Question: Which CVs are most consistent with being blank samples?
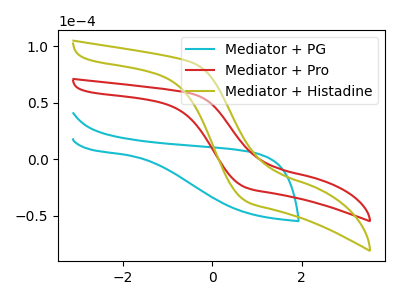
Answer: <think>The cyan curve "Mediator + PG" has no peaks. The red curve "Mediator + Pro" has no peaks. The olive curve "Mediator + Histadine" has no peaks.</think>
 <answer>"Mediator + PG", "Mediator + Pro" and "Mediator + Histadine" are likely to be blanks.</answer>
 <eval>"Mediator + PG", "Mediator + Pro", "Mediator + Histadine"</eval>